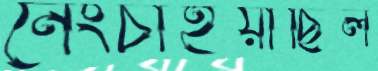
নেংচাইয়াছিল